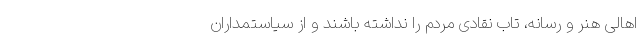
اهالی هنر و رسانه، تاب نقادی مردم را نداشته باشند و از سیاستمداران